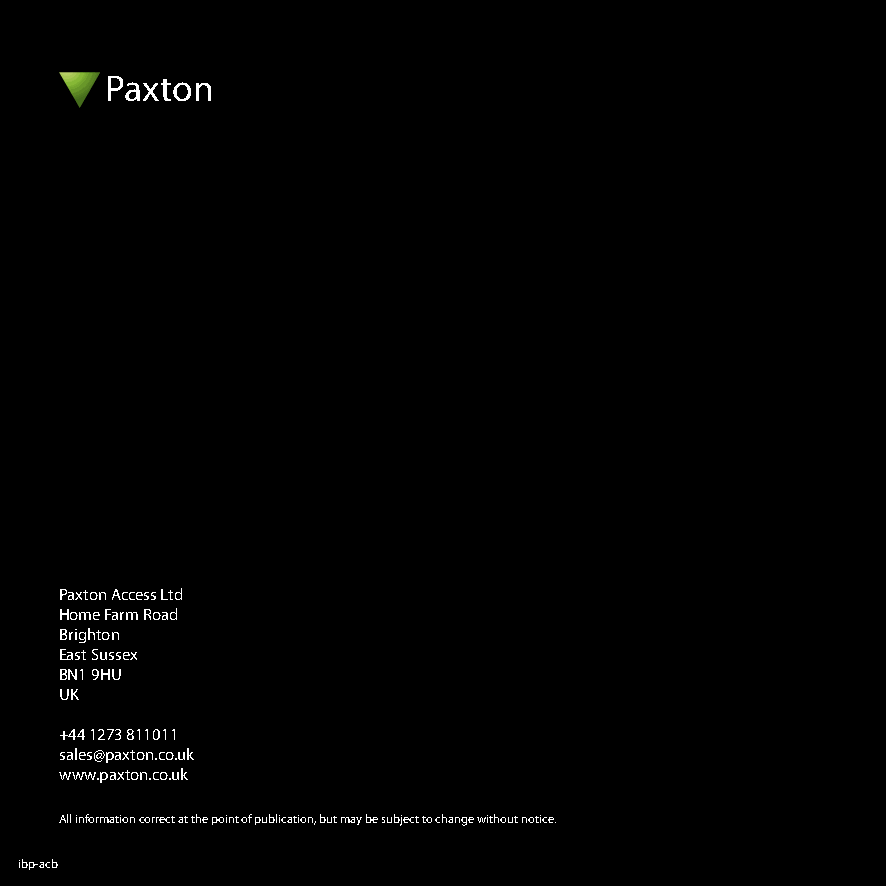
Paxton
 Paxton Access Ltd
 Home Farm Road
 Brighton
 East Sussex
 BN1 9HU
 UK
 +44 1273 811011
 sales@paxton.co.uk
 www.paxton.co.uk
 All information correct at the point of publication, but may be subject to change without notice.
 ibp-acb